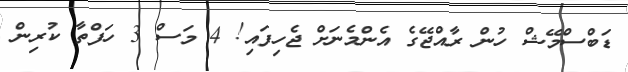
ޑަބްސްމޭޝް ހުން ރާއްޖޭގެ އެންމެނަށް ޖެހިފައި! 4 މަސް 3 ހަފްތާ ކުރިން